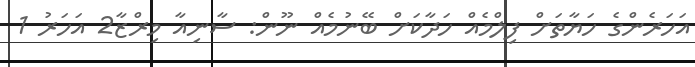
އަހަރެންގެ ހަޔާތަށް ފިލްމެއް ހަދާކަށް ބޭނުމެއް ނޫން: ސާނިއާ މިރްޒާ2 އަހަރު 1